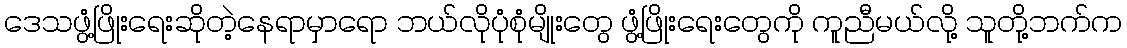
ဒေသဖွံ့ဖြိုးရေးဆိုတဲ့နေရာမှာရော ဘယ်လိုပုံစုံမျိုးတွေ ဖွံ့ဖြိုးရေးတွေကို ကူညီမယ်လို့ သူတို့ဘက်က